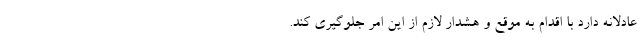
عادلانه دارد با اقدام به موقع و هشدار لازم از این امر جلوگیری کند.